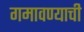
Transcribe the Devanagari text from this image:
गमावण्याची